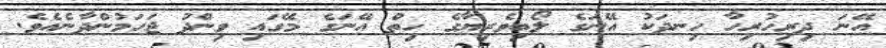
އޭނަ ދިރިހުރިހާ ހިނދަކު އޭނަގެ ލޯބިވެރިޔާގެ ހިތް އޭނަގެ މޭގައި ވިންދު ޖަހަމުންދާނެއެވެ.